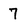
Character: 7